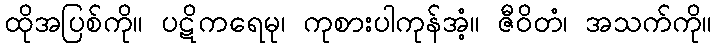
ထိုအပြစ်ကို။ ပဋိကရေမု၊ ကုစားပါကုန်အံ့။ ဇီဝိတံ၊ အသက်ကို။